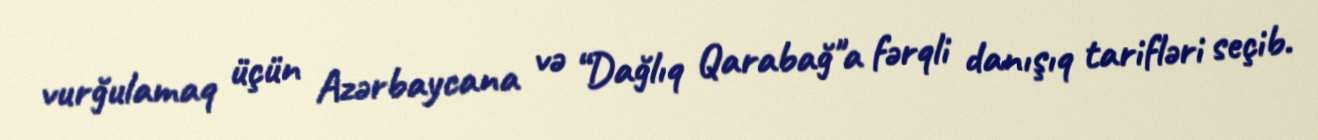
vurğulamaq üçün Azərbaycana və “Dağlıq Qarabağ"a fərqli danışıq tarifləri seçib.